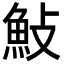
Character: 𮫱